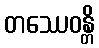
တဿေဝန္တိ